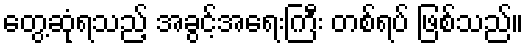
တွေ့ဆုံရသည့် အခွင့်အရေးကြီး တစ်ရပ် ဖြစ်သည်။